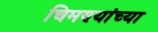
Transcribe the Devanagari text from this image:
चिमण्यांच्या